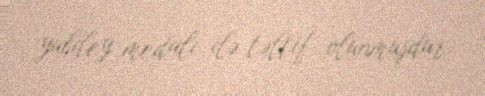
yubiley medalı ilə təltif olunmuşdur.